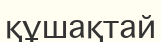
құшақтай